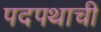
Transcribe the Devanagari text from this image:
पदपथाची